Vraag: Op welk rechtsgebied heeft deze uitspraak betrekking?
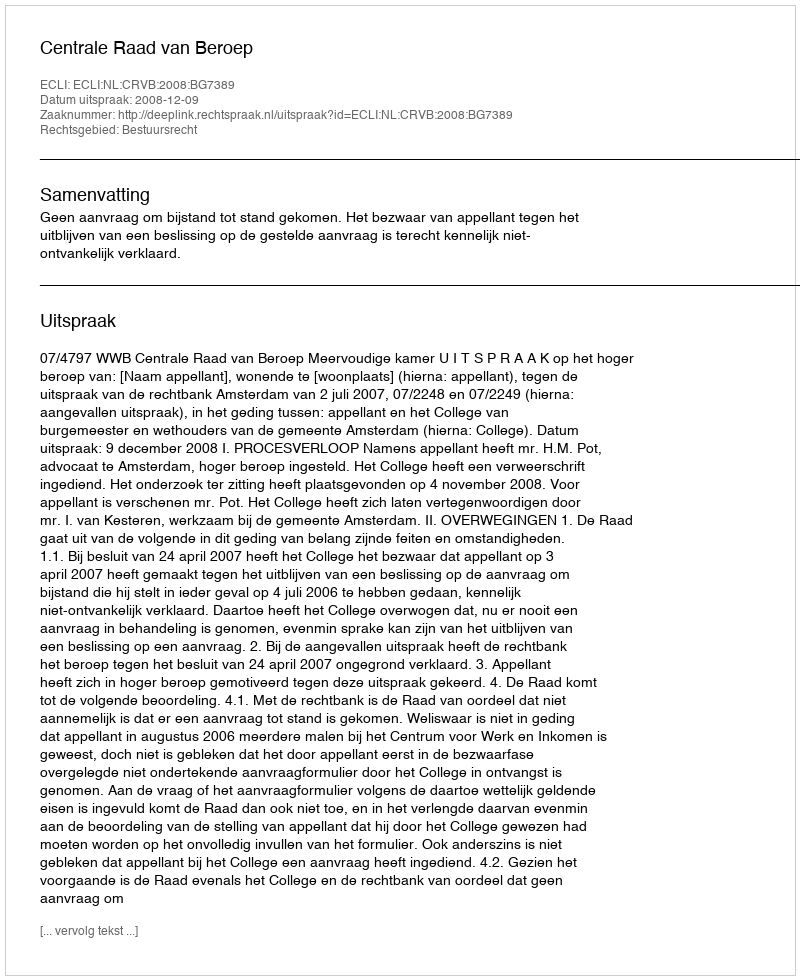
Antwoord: Bestuursrecht